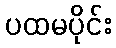
ပထမပိုင်း